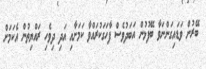
ބޭރުން ވަޑައިގަންނަވާ ބޭފުޅުން އަބަދުވެސް ފާހަގަކުރައްވާ ކަމަށާއި އަދި ދިވެހި ރައްޔިތުން އެކަމަށް